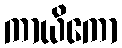
ကာယိကော